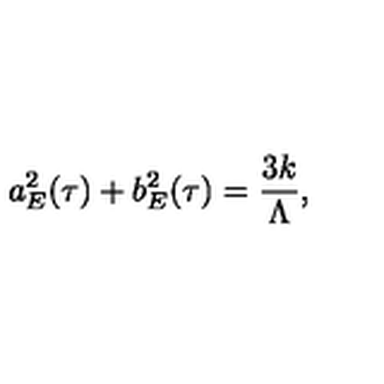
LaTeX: a _ { E } ^ { 2 } ( \tau ) + b _ { E } ^ { 2 } ( \tau ) = \frac { 3 k } { \Lambda } ,